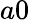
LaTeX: a0